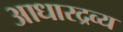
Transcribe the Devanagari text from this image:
आधारद्रव्य